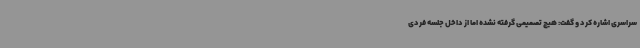
سراسری اشاره کرد و گفت: هیچ تصمیمی گرفته نشده اما از داخل جلسه فردی